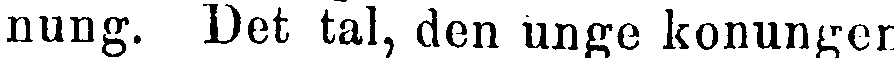
nung. Det tal, den unge konungen